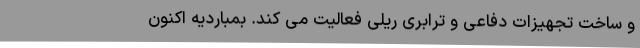
و ساخت تجهیزات دفاعی و ترابری ریلی فعالیت می کند. بمباردیه اکنون